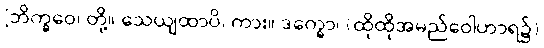
[ဘိက္ခဝေ၊ တို့။ သေယျထာပိ၊ ကား။ ဒက္ခော၊ (ထိုထိုအမည်ဝေါဟာရ၌)